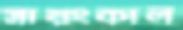
সায়ংকাল